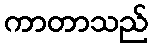
ကာတာသည်